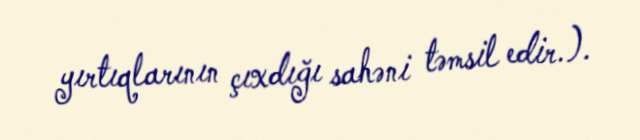
yırtıqlarının çıxdığı sahəni təmsil edir.).